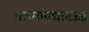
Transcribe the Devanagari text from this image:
प्राच्यविद्यातज्ज्ञ